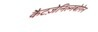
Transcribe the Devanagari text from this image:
कैटज़ेनिल्नबोगेन